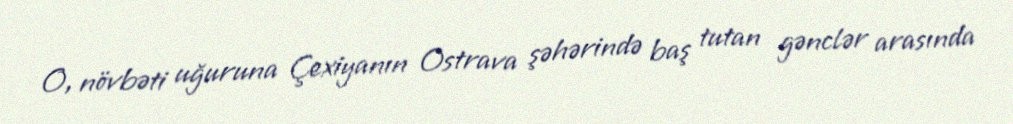
O, növbəti uğuruna Çexiyanın Ostrava şəhərində baş tutan gənclər arasında